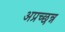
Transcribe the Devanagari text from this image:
अप्रच्छन्न